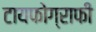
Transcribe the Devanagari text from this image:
टायफोग्राफी